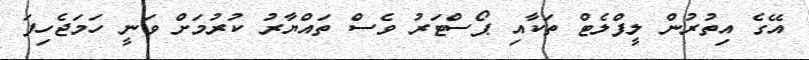
އޭގެ އިތުރުން ލީފްލެޓް ތަކާއި ޕޯސްޓަރު ވެސް ތައްޔާރު ކުރުމަށް ވަނީ ހަމަޖެހިފަ